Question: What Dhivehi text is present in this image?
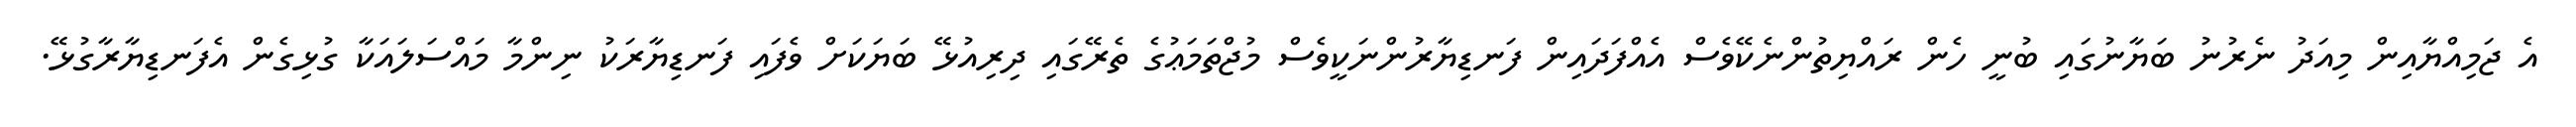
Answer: އެ ޖަމިއްޔާއިން މިއަދު ނެރުނު ބަޔާނުގައި ބުނީ ހެން ރައްޔިތުންނެކޭވެސް އެއްފަދައިން ފަނޑިޔާރުންނަކީވެސް މުޖްތަމަޢުގެ ތެރޭގައި ދިރިއުޅޭ ބަޔަކަށް ވެފައި ފަނޑިޔާރަކު ނިންމާ މައްސަލައަކާ ގުޅިގެން އެފަނޑިޔާރާގުޅޭ.